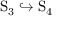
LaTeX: \mathrm { S } _ { 3 } \hookrightarrow \mathrm { S } _ { 4 }